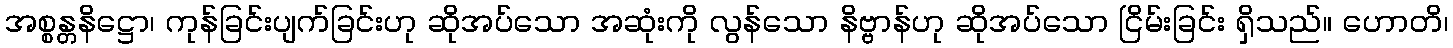
အစ္စန္တနိဋ္ဌော၊ ကုန်ခြင်းပျက်ခြင်းဟု ဆိုအပ်သော အဆုံးကို လွန်သော နိဗ္ဗာန်ဟု ဆိုအပ်သော ငြိမ်းခြင်း ရှိသည်။ ဟောတိ၊